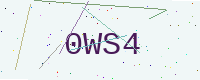
Text: 0WS4